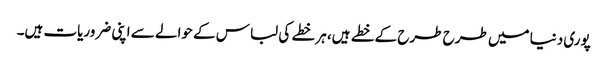
پوری دنیا میں طرح طرح کے خطے ہیں، ہر خطے کی لباس کے حوالے سے اپنی ضروریات ہیں۔